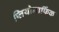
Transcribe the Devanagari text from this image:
प्लियोमार्फिक